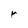
Character: r